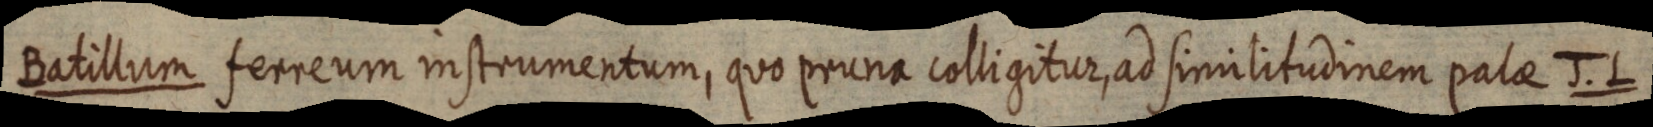
Batillum ferreum instrumentum, quo pruna colligitur, ad similitudinem palae J. L.